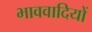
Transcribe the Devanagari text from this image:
भाववादियों